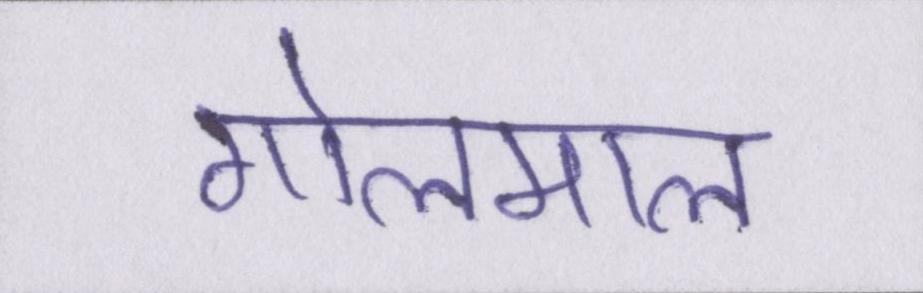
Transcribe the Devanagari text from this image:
गोलमाल